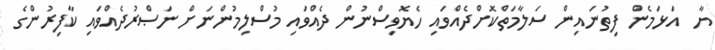
ޔާ  އަޅަމެން ފިތުނައިން ސަލާމަތްކޮށްދެއްވައި ހެޔޮވިސްނުން ދެއްވައި މުސްލިމުންނަށް ނަޞްރުދެއްވައި ކާފިރުންގެ